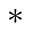
*